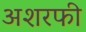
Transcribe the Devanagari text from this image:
अशरफी